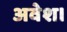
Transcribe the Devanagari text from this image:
अवेश।